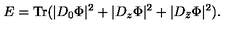
E = \mathrm { T r } ( | D _ { 0 } \Phi | ^ { 2 } + | D _ { z } \Phi | ^ { 2 } + | D _ { \bar { z } } \Phi | ^ { 2 } ) .